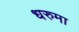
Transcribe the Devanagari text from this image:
धरुमा